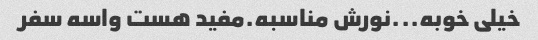
خیلی خوبه...نورش مناسبه.مفید هست واسه سفر